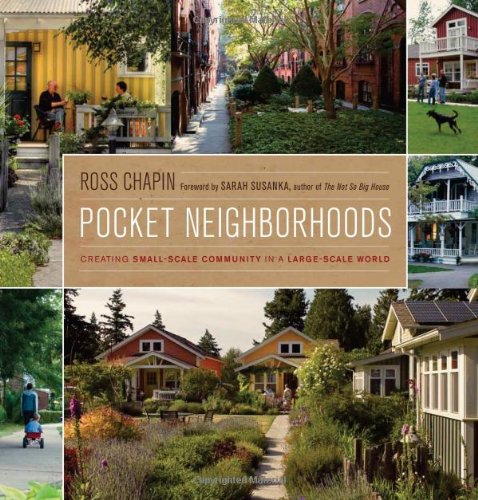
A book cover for Pocket Neighborhoods: Creating Small-Scale Community in a Large-Scale World; Ross Chapin; Crafts, Hobbies & Home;